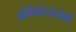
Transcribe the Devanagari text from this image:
अभिनेत्यानेही